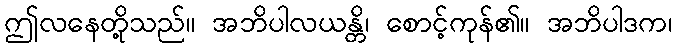
ဤလနေတို့သည်။ အဘိပါလယန္တိ၊ စောင့်ကုန်၏။ အဘိပါဒက၊